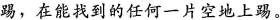
踢，在能找到的任何一片空地上踢。